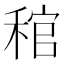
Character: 𥟓